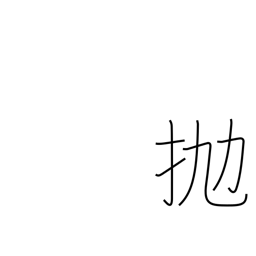
Meaning: hurl